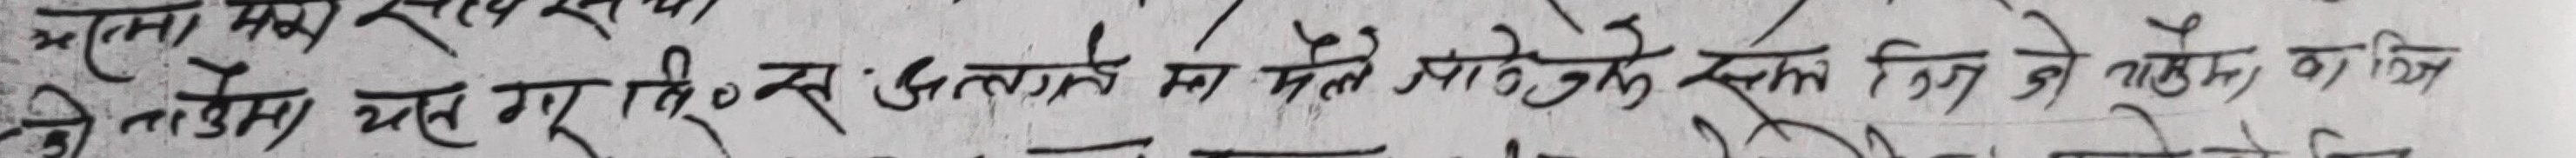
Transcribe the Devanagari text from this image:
सता माथि गुरु सिः अन्तर्गमा मैथुन के एक लिंग से मैथुन को वि